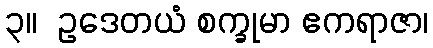
၃။  ဥဒေတယံ စက္ခုမာ ဧကရာဇာ၊